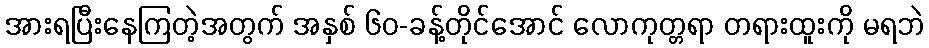
အားရပြီးနေကြတဲ့အတွက် အနှစ် ၆၀-ခန့်တိုင်အောင် လောကုတ္တရာ တရားထူးကို မရဘဲ